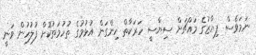
ނަމަވެސް ފިޔާޒުގެ މައްޗަށް ސިޔާސީ ހަރަކާތް ހިންގަން އުޅުމުގެ ތުހުމަތުކޮށް ފުލުހުން ވަނީ